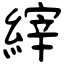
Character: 縡